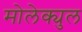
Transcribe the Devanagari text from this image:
मोलेक्युल